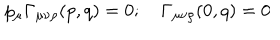
p _ { \mu } \Gamma _ { \mu \nu \rho } ( p , q ) = 0 ; \quad \Gamma _ { \mu \nu \rho } ( 0 , q ) = 0